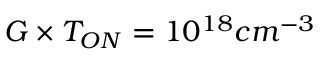
G \times T _ { O N } = 1 0 ^ { 1 8 } c m ^ { - 3 }